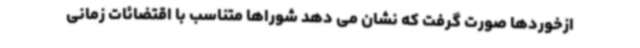
ازخوردها صورت گرفت که نشان می دهد شوراها متناسب با اقتضائات زمانی